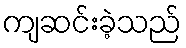
ကျဆင်းခဲ့သည်